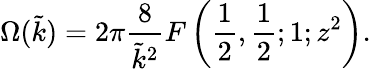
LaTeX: \Omega(\tilde{k})=2\pi\frac{8}{\tilde{k}^{2}}F\left(\frac{1}{2},\frac{1}{2};1;z^{2}\right).